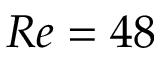
R e = 4 8